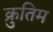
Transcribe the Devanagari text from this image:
क्रुतिम